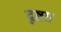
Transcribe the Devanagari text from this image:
दृष्टा।